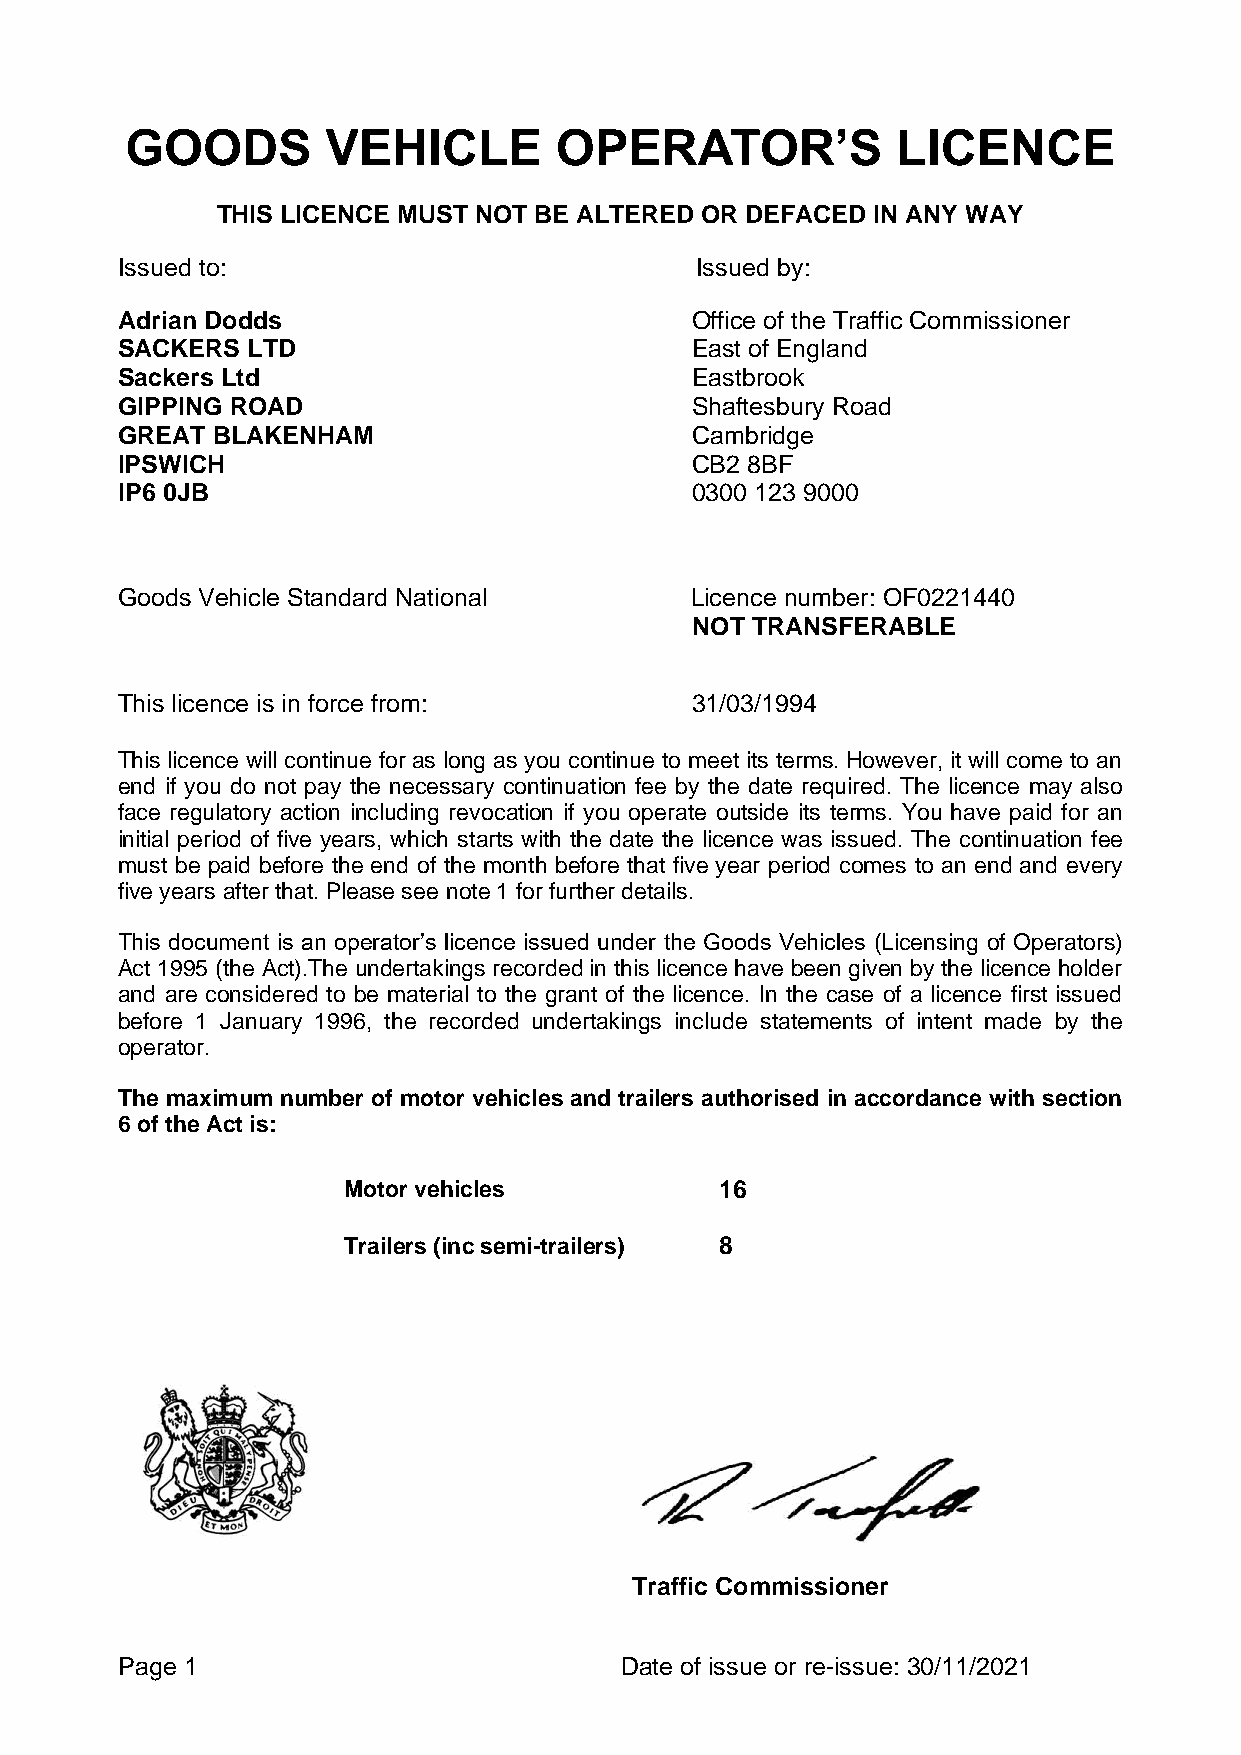
GOODS         VEHICLE        OPERATOR’S            LICENCE
 THIS LICENCE MUST NOT BE ALTERED OR DEFACED IN ANY WAY
 Issued to:                            Issued by:
 Adrian Dodds                          Office of the Traffic Commissioner
 SACKERS LTD                           East of England
 Sackers Ltd                           Eastbrook
 GIPPING ROAD                          Shaftesbury Road
 GREAT BLAKENHAM                       Cambridge
 IPSWICH                               CB2 8BF
 IP6 0JB                               0300 123 9000
 Goods Vehicle Standard National       Licence number: OF0221440
 NOT TRANSFERABLE
 This licence is in force from:        31/03/1994
 This licence will continue for as long as you continue to meet its terms. However, it will come to an
 end if you do not pay the necessary continuation fee by the date required. The licence may also
 face regulatory action including revocation if you operate outside its terms. You have paid for an
 initial period of five years, which starts with the date the licence was issued. The continuation fee
 must be paid before the end of the month before that five year period comes to an end and every
 five years after that. Please see note 1 for further details.
 This document is an operator’s licence issued under the Goods Vehicles (Licensing of Operators)
 Act 1995 (the Act).The undertakings recorded in this licence have been given by the licence holder
 and are considered to be material to the grant of the licence. In the case of a licence first issued
 before 1 January 1996, the recorded undertakings include statements of intent made by the
 operator.
 The maximum number of motor vehicles and trailers authorised in accordance with section
 6 of the Act is:
 Motor vehicles           16
 Trailers (inc semi-trailers) 8
 Traffic Commissioner
 Page 1                           Date of issue or re-issue: 30/11/2021